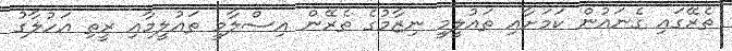
ތެރޭގައި ގެނައުން ކަމަށާއި ތައުލީމީ ނިޒާމުގެ ތެރޭން އިސްލާމީ ތައުލީމާއި ރީތި އަހުލާގު